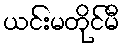
ယင်းမတိုင်မီ